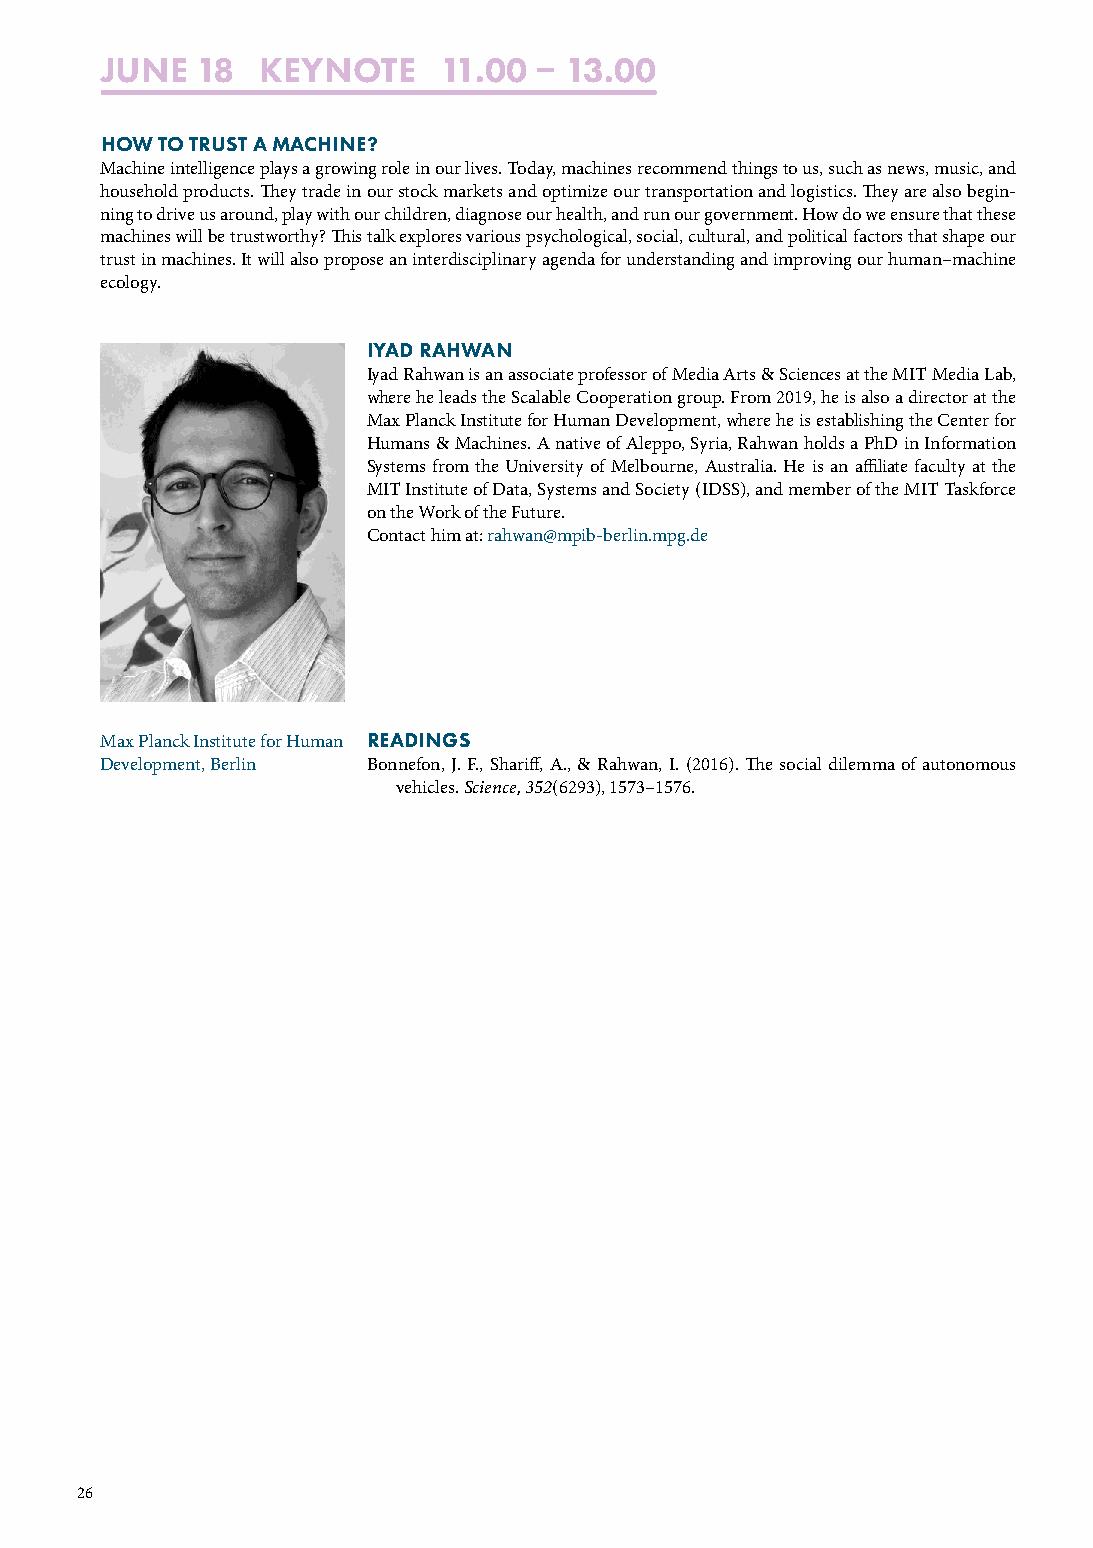
JUNE  18  KEYNOTE     11.00  13.00
 HOW TO TRUST A MACHINE?
 Machine intelligence plays a growing role in our lives. Today, machines recommend things to us, such as news, music, and
 household products. They trade in our stock markets and optimize our transportation and logistics. They are also begin-
 ning to drive us around, play with our children, diagnose our health, and run our government. How do we ensure that these
 machines will be trustworthy? This talk explores various psychological, social, cultural, and political factors that shape our
 trust in machines. It will also propose an interdisciplinary agenda for understanding and improving our human–machine
 ecology.
 IYAD RAHWAN
 Iyad Rahwan is an associate professor of Media Arts & Sciences at the MIT Media Lab,
 where he leads the Scalable Cooperation group. From 2019, he is also a director at the
 Max Planck Institute for Human Development, where he is establishing the Center for
 Humans & Machines. A native of Aleppo, Syria, Rahwan holds a PhD in Information
 Systems from the University of Melbourne, Australia. He is an affiliate faculty at the
 MIT Institute of Data, Systems and Society (IDSS), and member of the MIT Taskforce
 on the Work of the Future.
 Contact him at: rahwan@mpib-berlin.mpg.de
 Max Planck Institute for Human READINGS
 Development, Berlin Bonnefon, J. F., Shariff, A., & Rahwan, I. (2016). The social dilemma of autonomous
 vehicles. Science, 352(6293), 1573–1576.
 26